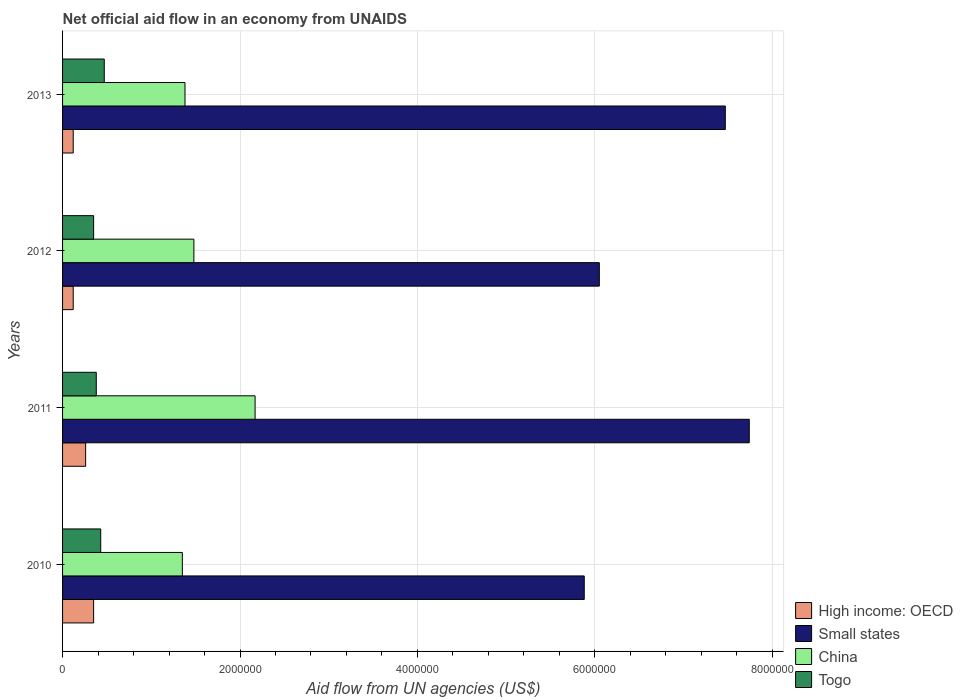
| Years | High income: OECD | Small states | China | Togo |
 | --- | --- | --- | --- | --- |
 | 2010 | 3.5e+05 | 5.88e+06 | 1.35e+06 | 4.3e+05 |
 | 2011 | 2.6e+05 | 7.74e+06 | 2.17e+06 | 3.8e+05 |
 | 2012 | 1.2e+05 | 6.05e+06 | 1.48e+06 | 3.5e+05 |
 | 2013 | 1.2e+05 | 7.47e+06 | 1.38e+06 | 4.7e+05 |